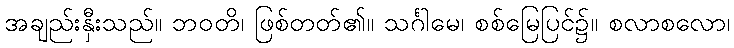
အချည်းနှီးသည်။ ဘဝတိ၊ ဖြစ်တတ်၏။ သင်္ဂါမေ၊ စစ်မြေပြင်၌။ စလာစလော၊